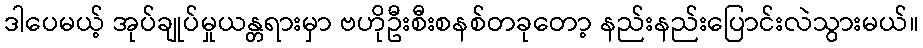
ဒါပေမယ့် အုပ်ချုပ်မှုယန္တရားမှာ ဗဟိုဦးစီးစနစ်တခုတော့ နည်းနည်းပြောင်းလဲသွားမယ်။